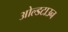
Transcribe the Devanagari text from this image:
ओल्डटाउन